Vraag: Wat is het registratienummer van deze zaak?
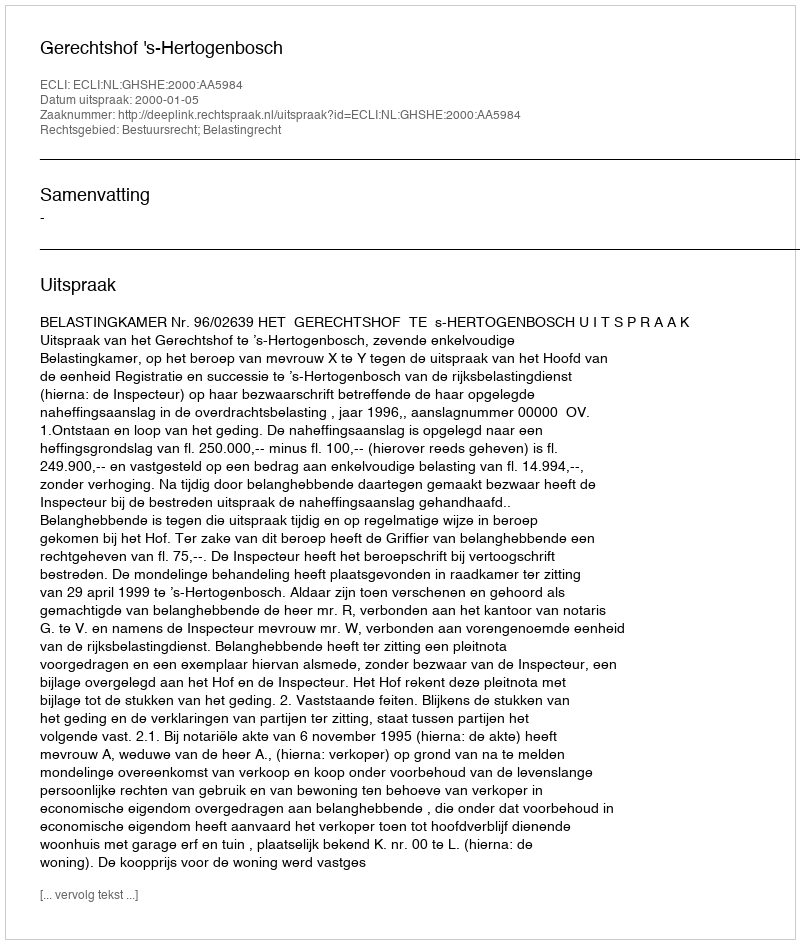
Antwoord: http://deeplink.rechtspraak.nl/uitspraak?id=ECLI:NL:GHSHE:2000:AA5984